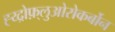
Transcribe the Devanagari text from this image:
ह्य्द्रोफ़्लुओरोकर्बोन